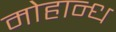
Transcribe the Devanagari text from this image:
मोहान्ध